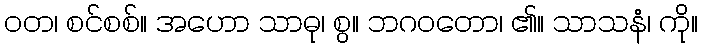
ဝတ၊ စင်စစ်။ အဟော သာဓု၊ စွ။ ဘဂဝတော၊ ၏။ သာသနံ၊ ကို။